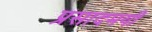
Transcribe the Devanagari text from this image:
प्रसादमयी